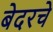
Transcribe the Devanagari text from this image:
बेदरचे